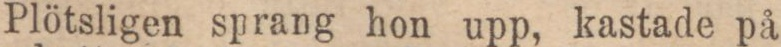
Plötsligen sprang hon upp, kastade på